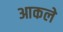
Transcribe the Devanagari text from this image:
आकले